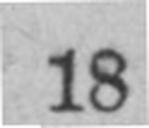
18